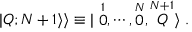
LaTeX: \vert Q ; N + 1 \rangle \rangle \equiv \vert \stackrel { 1 } { 0 } , \cdots , \stackrel { N } { 0 } , \stackrel { N + 1 } { Q } \rangle \ .